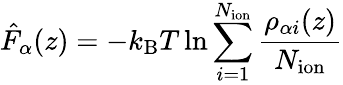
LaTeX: \hat{F}_{\alpha}(z)=-k_{\mathrm{B}}T\ln\sum_{i=1}^{N_{\mathrm{ion}}}\frac{\rho_{\alpha i}(z)}{N_{\mathrm{ion}}}